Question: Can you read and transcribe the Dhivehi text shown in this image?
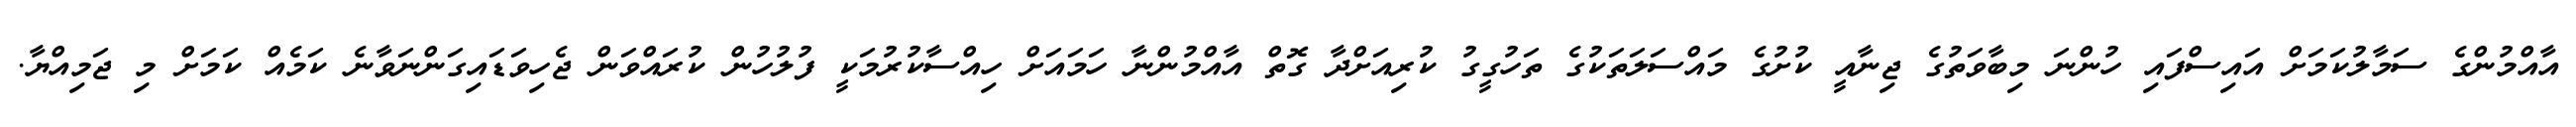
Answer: އާއްމުންގެ ސަމާލުކަމަށް އައިސްފައި ހުންނަ މިބާވަތުގެ ޖިނާއީ ކުށުގެ މައްސަލަތަކުގެ ތަހުގީގު ކުރިއަށްދާ ގޮތް އާއްމުންނާ ހަމައަށް ހިއްސާކުރުމަކީ ފުލުހުން ކުރައްވަން ޖެހިވަޑައިގަންނަވާނެ ކަމެއް ކަމަށް މި ޖަމިއްޔާ.